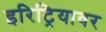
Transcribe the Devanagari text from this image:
इरिट्रियावर